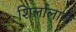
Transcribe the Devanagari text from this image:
शिर्लालाचे